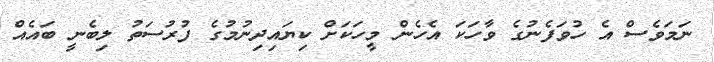
ނަމަވެސް އެ ހުވަފެނުގެ ވާހަކަ އެހެން މީހަކަށް ކިޔައިދިނުމުގެ ފުރުސަތު ލިބެނީ ބައެއް